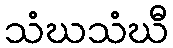
သံဃသံဃီ